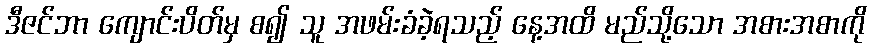
ဒီဇင်ဘာ ကျောင်းပိတ်မှ စ၍ သူ အဖမ်းခံခဲ့ရသည့် နေ့အထိ မည်သို့သော အစားအစာကို